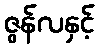
ဇွန်လနှင့်